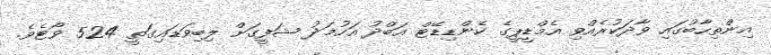
އިންތިހާބުގައި ވާދަކުރެއްވި އެމްޑީޕީގެ ކެންޑިޑޭޓް އަބްދު އަހުމަދު ޝަފީގަށް ލިބިވަޑައިގަތީ 524 ވޯޓެވެ.